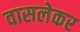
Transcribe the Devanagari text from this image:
वासलेकर